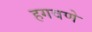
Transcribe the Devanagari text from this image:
हगवणे